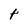
Character: t